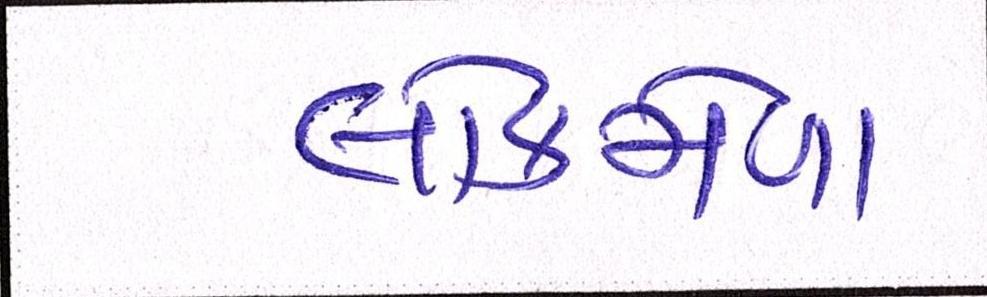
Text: લોકમેળા